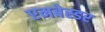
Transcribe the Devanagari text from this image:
एमबेस्डर